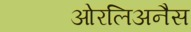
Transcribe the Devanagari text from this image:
ओरलिअनैस